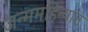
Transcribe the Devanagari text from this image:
जन्ममहिन्यात